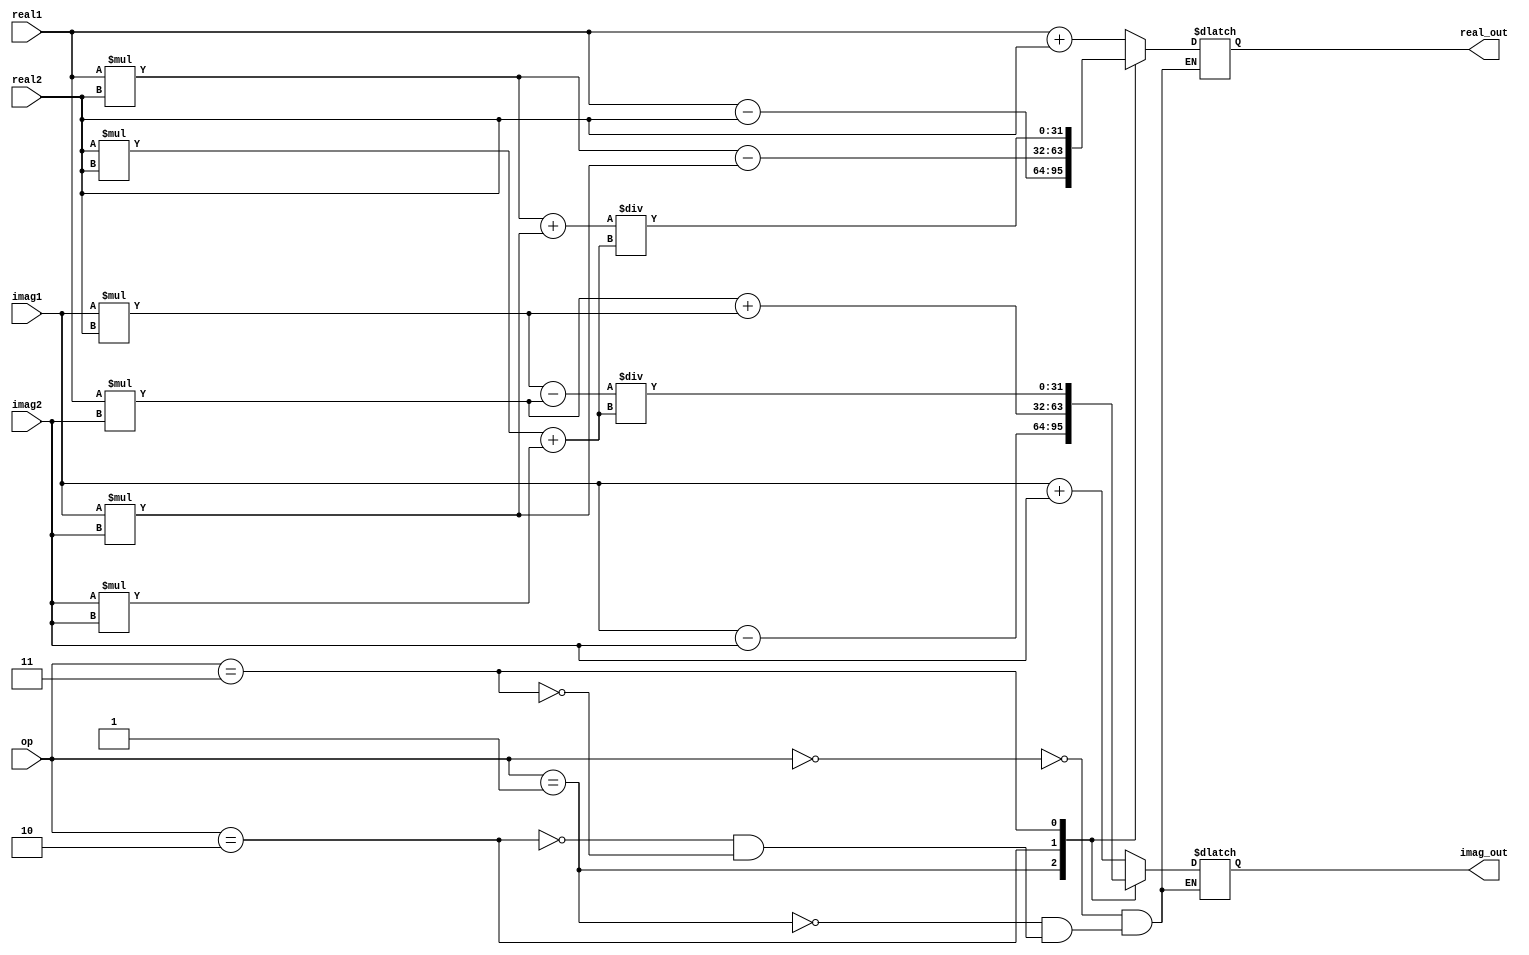
module ComplexALU(
    input signed [31:0] real1, imag1, real2, imag2,
    input [2:0] op,
    output reg [31:0] real_out, imag_out
);

reg [31:0] temp_real, temp_imag;

always @(*)
begin
    case(op)
        3'b000: // addition
            begin
                temp_real = real1 + real2;
                temp_imag = imag1 + imag2;
            end
        3'b001: // subtraction
            begin
                temp_real = real1 - real2;
                temp_imag = imag1 - imag2;
            end
        3'b010: // multiplication
            begin
                temp_real = (real1 * real2) - (imag1 * imag2);
                temp_imag = (real1 * imag2) + (imag1 * real2);
            end
        3'b011: // division
            begin
                temp_real = ((real1 * real2) + (imag1 * imag2)) / ((real2 * real2) + (imag2 * imag2));
                temp_imag = ((imag1 * real2) - (real1 * imag2)) / ((real2 * real2) + (imag2 * imag2));
            end
    endcase
end

always @(*)
begin
    real_out = temp_real;
    imag_out = temp_imag;
end

endmodule